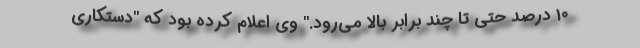
10 درصد حتی تا چند برابر بالا می‌رود." وی اعلام کرده بود که "دستکاری